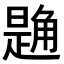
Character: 𧤘